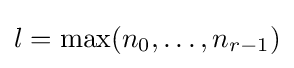
l=\max(n_{0},\dots ,n_{r-1})